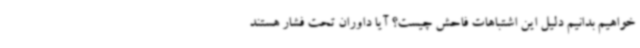
‌خواهیم بدانیم دلیل این اشتباهات فاحش چیست؟ آیا داوران تحت فشار هستند